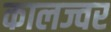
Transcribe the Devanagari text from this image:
कालज्वर